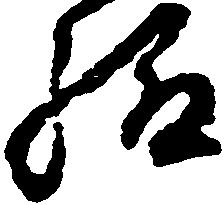
給